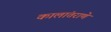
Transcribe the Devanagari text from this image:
कालांतराणे